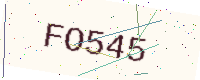
Text: FO545